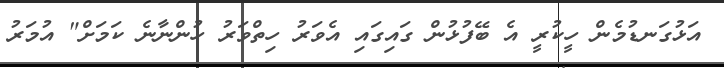
އަޅުގަނޑުމެން ހީކުރީ އެ ބޭފުޅުން ގައިގައި އެވަރު ހިތްވަރު ހުންނާނެ ކަމަށް" އުމަރު